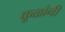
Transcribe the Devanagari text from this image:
कूळांनी